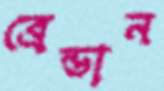
ব্রেন্ডান